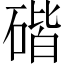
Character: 䃈